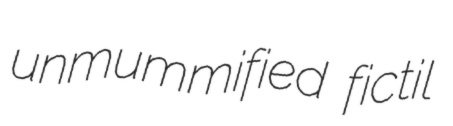
unmummified fictil